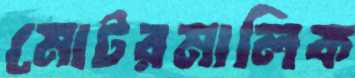
মোটরমালিক